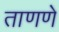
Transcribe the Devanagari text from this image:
ताणणे